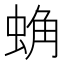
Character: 𰲾